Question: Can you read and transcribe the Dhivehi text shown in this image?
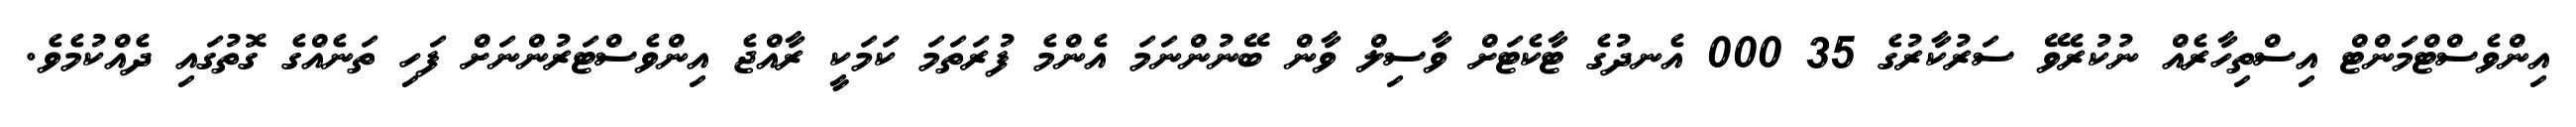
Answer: އިންވެސްޓްމަންޓް އިސްތިހާރެއް ނުކުރެވޭ ސަރުކާރުގެ 35 000 އެނދުގެ ޓާކެޓަށް ވާސިލް ވާން ބޭނުންނަމަ އެންމެ ފުރަތަމަ ކަމަކީ ރާއްޖެ އިންވެސްޓަރުންނަށް ފަހި ތަނެއްގެ ގޮތުގައި ދެއްކުމެވެ.